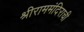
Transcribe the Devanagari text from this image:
श्रीराममंदिराची